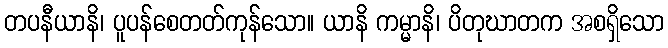
တပနီယာနိ၊ ပူပန်စေတတ်ကုန်သော။ ယာနိ ကမ္မာနိ၊ ပိတုဃာတက အစရှိသော